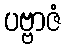
ပဗ္ဗာဇံ